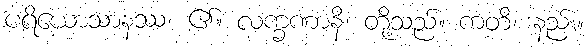
ပရိယောသာနဿ၊ ၏။ လက္ခဏာနိ၊ တို့သည်။ ကတိ၊ နည်း။